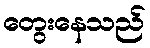
တွေးနေသည်